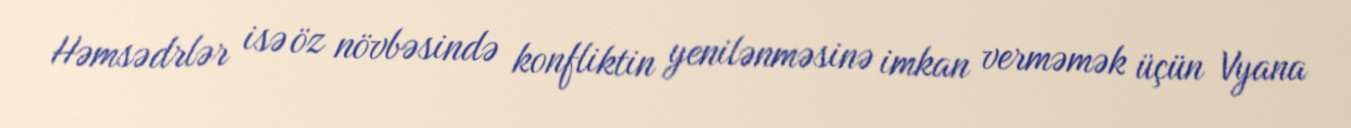
Həmsədrlər isə öz növbəsində konfliktin yenilənməsinə imkan verməmək üçün Vyana